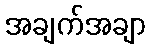
အချက်အချာ